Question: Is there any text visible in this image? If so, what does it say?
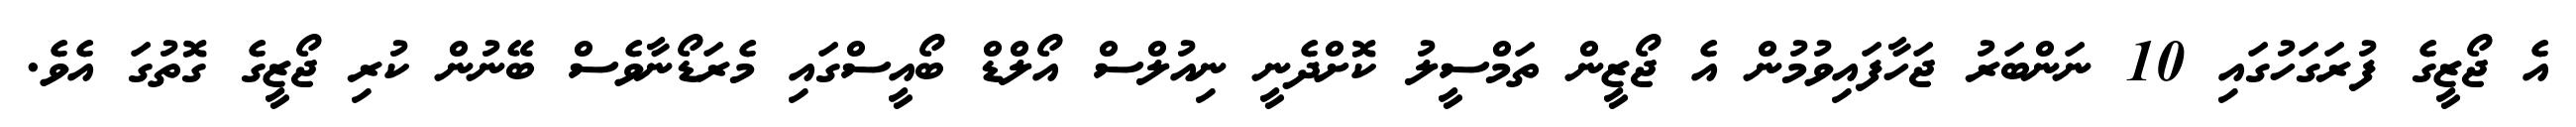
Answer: އެ ޖޯޒީގެ ފުރަގަހުގައި 10 ނަންބަރު ޖަހާފައިވުމުން އެ ޖޯޒީން ތަމްސީލު ކޮށްދެނީ ނިއުލްސް އޯލްޑް ބޯއީސްގައި މެރަޑޯނާވެސް ބޭނުން ކުރި ޖޯޒީގެ ގޮތުގަ އެވެ.